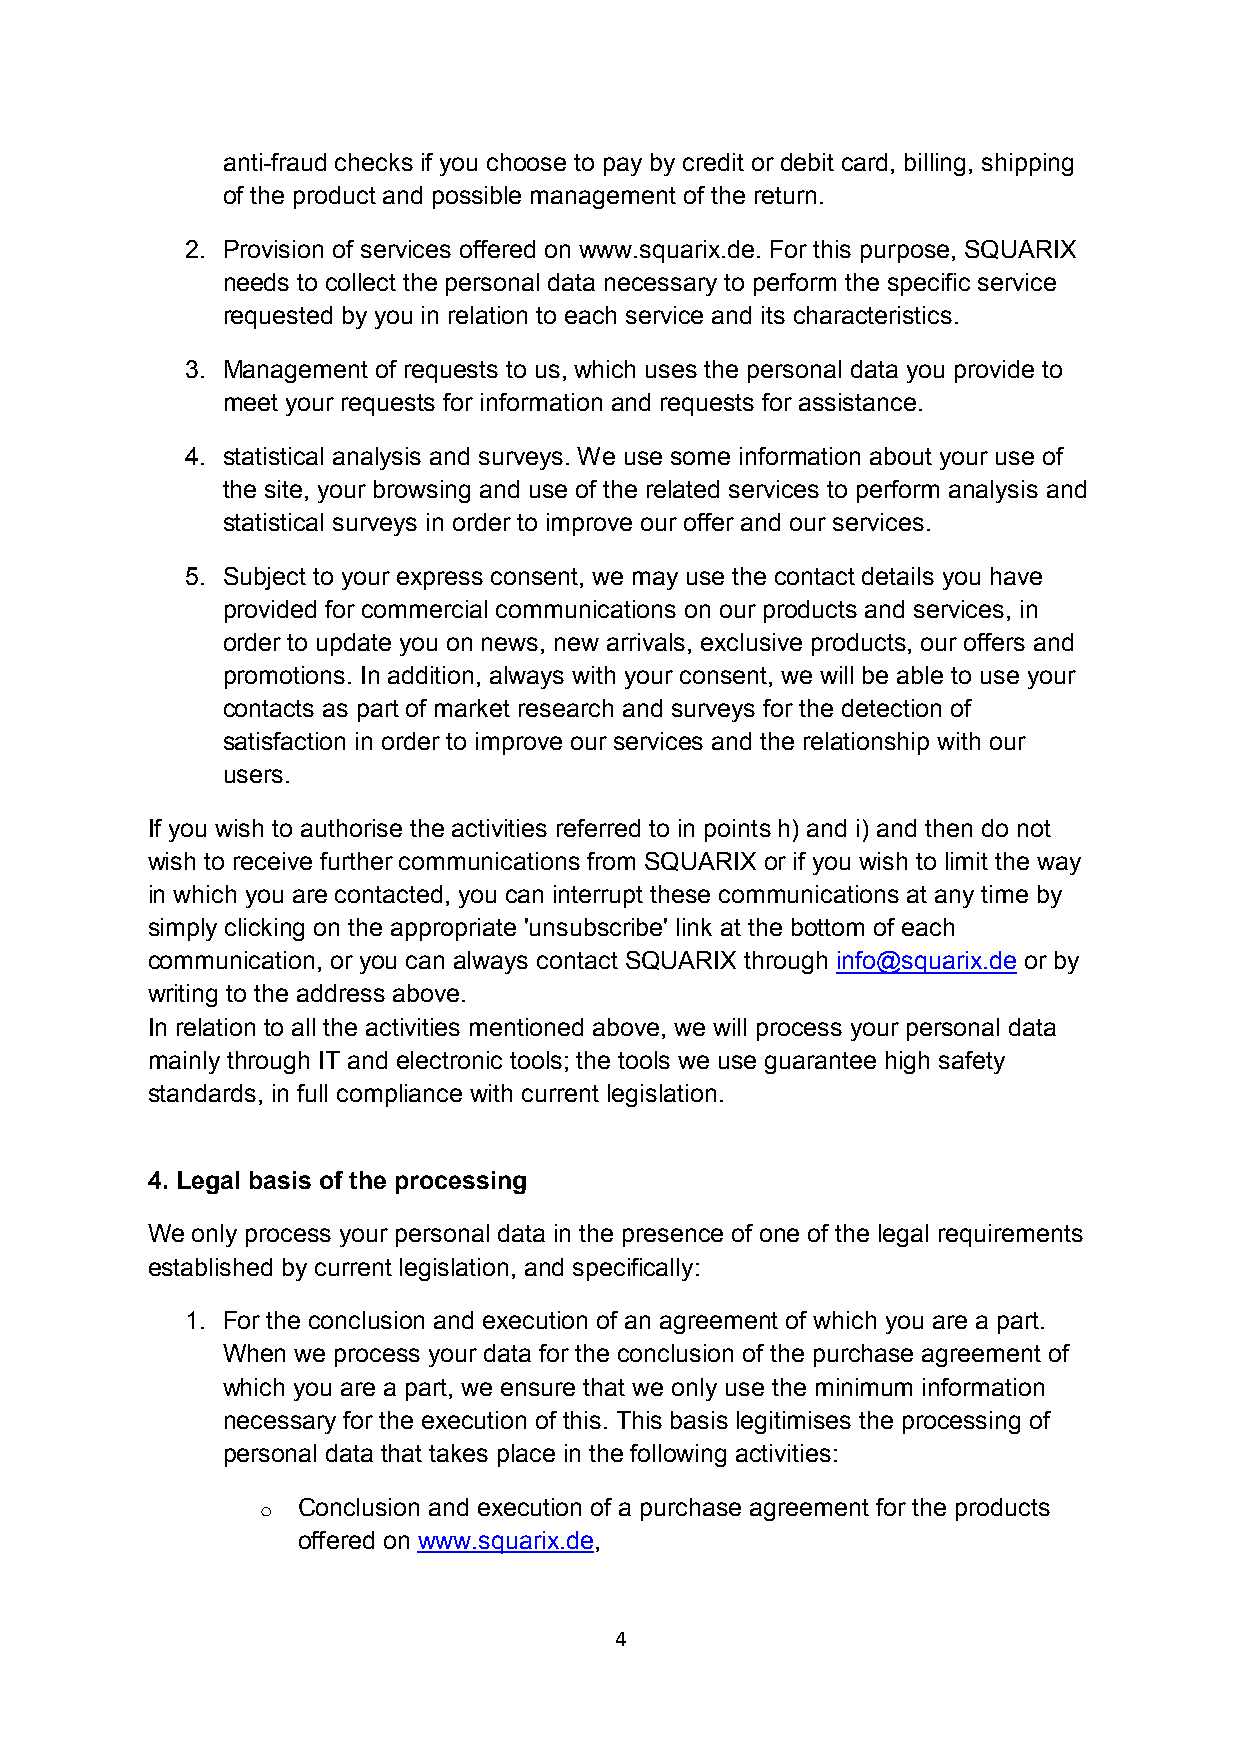
anti-fraud checks if you choose to pay by credit or debit card, billing, shipping
 of the product and possible management of the return.
 2. Provision of services offered on www.squarix.de. For this purpose, SQUARIX
 needs to collect the personal data necessary to perform the specific service
 requested by you in relation to each service and its characteristics.
 3. Management of requests to us, which uses the personal data you provide to
 meet your requests for information and requests for assistance.
 4. statistical analysis and surveys. We use some information about your use of
 the site, your browsing and use of the related services to perform analysis and
 statistical surveys in order to improve our offer and our services.
 5. Subject to your express consent, we may use the contact details you have
 provided for commercial communications on our products and services, in
 order to update you on news, new arrivals, exclusive products, our offers and
 promotions. In addition, always with your consent, we will be able to use your
 contacts as part of market research and surveys for the detection of
 satisfaction in order to improve our services and the relationship with our
 users.
 If you wish to authorise the activities referred to in points h) and i) and then do not
 wish to receive further communications from SQUARIX or if you wish to limit the way
 in which you are contacted, you can interrupt these communications at any time by
 simply clicking on the appropriate 'unsubscribe' link at the bottom of each
 communication, or you can always contact SQUARIX through info@squarix.de or by
 writing to the address above.
 In relation to all the activities mentioned above, we will process your personal data
 mainly through IT and electronic tools; the tools we use guarantee high safety
 standards, in full compliance with current legislation.
 4. Legal basis of the processing
 We only process your personal data in the presence of one of the legal requirements
 established by current legislation, and specifically:
 1. For the conclusion and execution of an agreement of which you are a part.
 When we process your data for the conclusion of the purchase agreement of
 which you are a part, we ensure that we only use the minimum information
 necessary for the execution of this. This basis legitimises the processing of
 personal data that takes place in the following activities:
 o  Conclusion and execution of a purchase agreement for the products
 offered on www.squarix.de,
 4